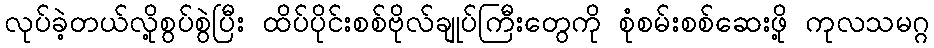
လုပ်ခဲ့တယ်လို့စွပ်စွဲပြီး ထိပ်ပိုင်းစစ်ဗိုလ်ချုပ်ကြီးတွေကို စုံစမ်းစစ်ဆေးဖို့ ကုလသမဂ္ဂ